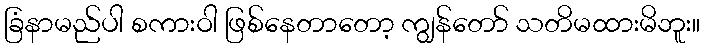
ခြံနာမည်ပါ စကားဝါ ဖြစ်နေတာတော့ ကျွန်တော် သတိမထားမိဘူး။